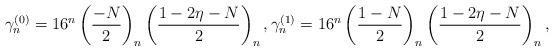
LaTeX: \begin{align*}\gamma_n^{(0)} =16^n\left(\frac{-N}{2}\right)_n\left(\frac{1-2\eta-N}{2}\right)_n,\gamma_n^{(1)} = 16^n\left(\frac{1-N}{2}\right)_n\left(\frac{1-2\eta-N}{2}\right)_n,\end{align*}